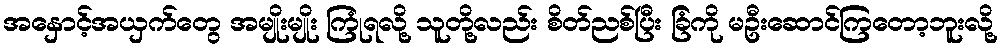
အနှောင့်အယှက်တွေ အမျိုးမျိုး ကြုံရလို့ သူတို့လည်း စိတ်ညစ်ပြီး ခြံကို မဦးဆောင်ကြတော့ဘူးလို့